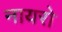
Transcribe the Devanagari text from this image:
नायरो